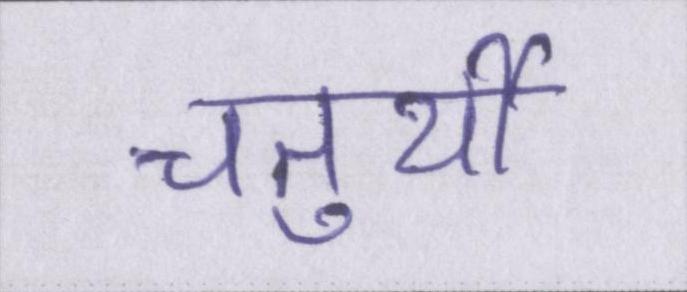
चतुर्थी